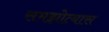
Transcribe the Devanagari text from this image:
समझोत्यास